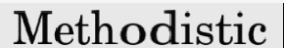
Methodistic